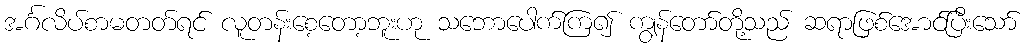
အင်္ဂလိပ်စာမတတ်ရင် လူတန်းစေ့တော့ဘူးဟု သဘောပေါက်ကြ၍ ကျွန်တော်တို့သည် ဆရာဖြစ်အောင်ပြီးသော်